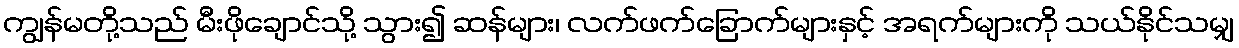
ကျွန်မတို့သည် မီးဖိုချောင်သို့ သွား၍ ဆန်များ၊ လက်ဖက်ခြောက်များနှင့် အရက်များကို သယ်နိုင်သမျှ